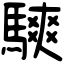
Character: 騻